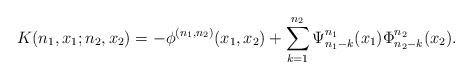
\begin{align*}K(n_1,x_1;n_2,x_2)= -\phi^{(n_1,n_2)}(x_1,x_2)+ \sum_{k=1}^{n_2} \Psi_{n_1-k}^{n_1}(x_1) \Phi_{n_2-k}^{n_2}(x_2).\end{align*}